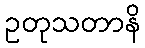
ဥတုသတာနိ